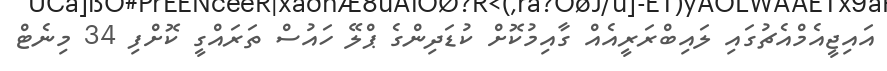
އައިޖީއެމްއެޗުގައި ލައިބްރަރީއެއް ގާއިމުކޮށް ކުޑަދިންގެ ޕްލޭ ހައުސް ތަރައްގީ ކޮށްފި 34 މިނެޓް